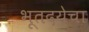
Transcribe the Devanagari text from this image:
भूतदयेचा